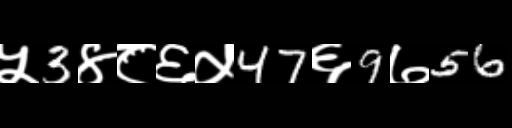
Text: ५3४८६५47६9७56